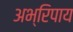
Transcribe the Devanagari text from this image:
अभ्रिपाय